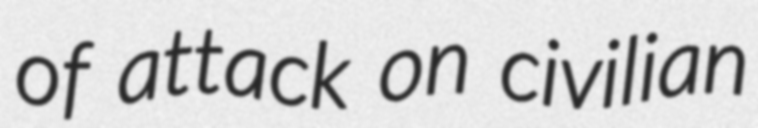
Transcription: of attack on civilian